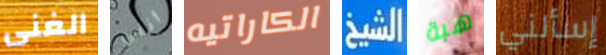
الغنى أنني الكاراتيه الشيخ هبة إسألني